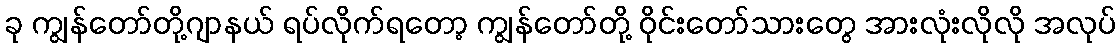
ခု ကျွန်တော်တို့ဂျာနယ် ရပ်လိုက်ရတော့ ကျွန်တော်တို့ ဝိုင်းတော်သားတွေ အားလုံးလိုလို အလုပ်